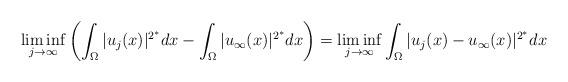
LaTeX: \begin{align*}\liminf_{j\rightarrow \infty}\left( \int_\Omega |u_j(x)|^{2^*}dx - \int_\Omega |u_\infty(x)|^{2^*}dx\right) = \liminf_{j\rightarrow \infty}\int_\Omega |u_j(x)-u_\infty(x)|^{2^*}dx\end{align*}